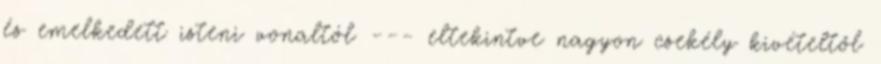
és emelkedett isteni vonaltól --- eltekintve nagyon csekély kivételtől